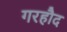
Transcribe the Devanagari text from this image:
गरहौद